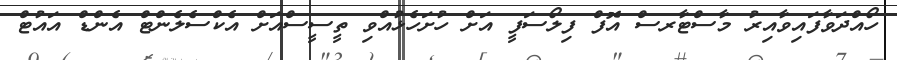
ހޯއްދަވާފައިވާއިރު މާސްޓާރސް އޮފް ފިލޯސަފީ އަށް ހުށަހެޅުއްވި ތީސީސްއަށް އެކްސެލެންޓް އެންޑް އައުޓް